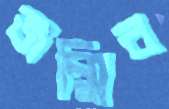
জন্মিব